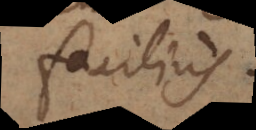
facilius